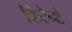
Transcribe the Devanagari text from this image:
किटैनो